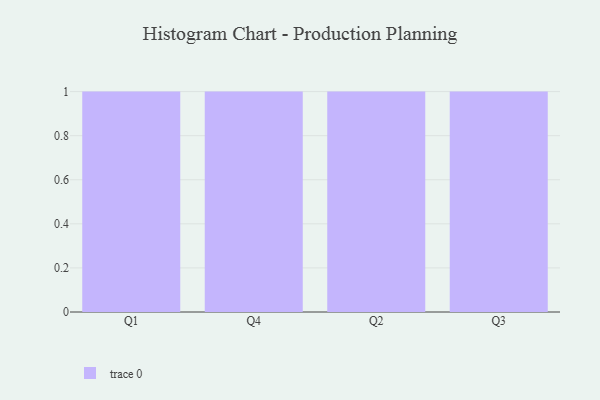
{"axis": {"x": "Quarter", "y": "Temperature (°C)"}, "legend": [""], "data": [{"x": "Q1", "y": 18, "type": ""}, {"x": "Q4", "y": 93, "type": ""}, {"x": "Q2", "y": 4, "type": ""}, {"x": "Q3", "y": 23, "type": ""}]}